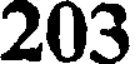
203